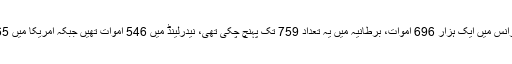
ان ممالک علاوہ یورپ کے ایک اور ملک فرانس میں ایک ہزار 696 اموات، برطانیہ میں یہ تعداد 759 تک پہنچ چکی تھی، نیدرلینڈ میں 546 اموات تھیں جبکہ امریکا میں 365 افراد موت کے منہ میں چلے گئے تھے۔